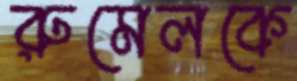
রুমেলকে